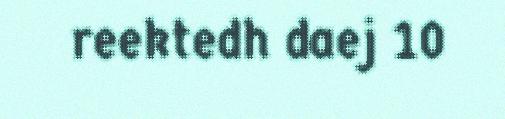
reektedh daej 10